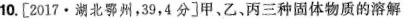
10.[2017·湖北鄂州，39，4分]甲、乙、丙三种固体物质的溶解